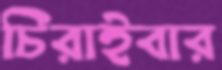
চিরাইবার